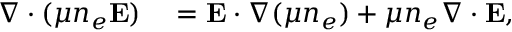
\begin{array} { r l } { \nabla \cdot ( \mu n _ { e } { \bf E } ) } & { { } = { \bf E } \cdot \nabla ( \mu n _ { e } ) + \mu n _ { e } \nabla \cdot { \bf E } , } \end{array}